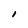
Character: 1